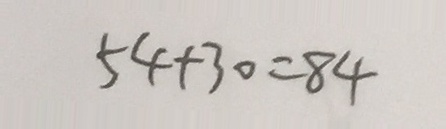
5 4 + 3 0 = 8 4